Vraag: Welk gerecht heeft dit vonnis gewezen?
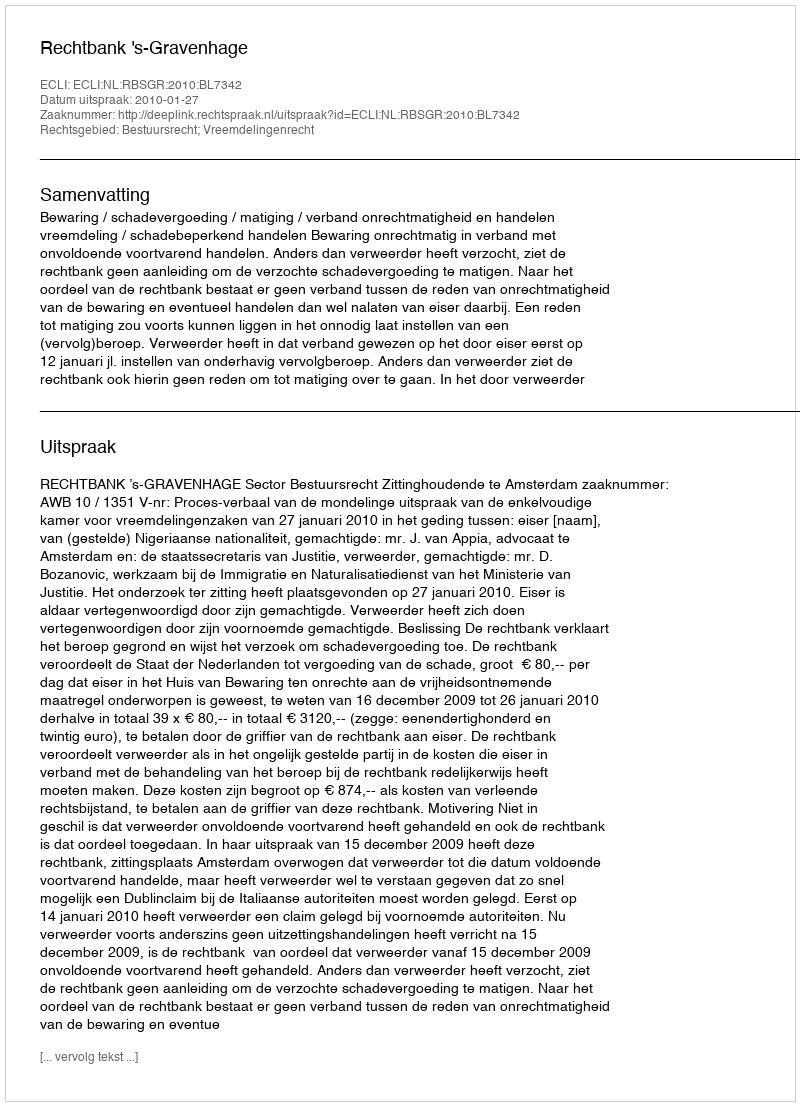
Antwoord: Rechtbank 's-Gravenhage